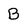
Character: B